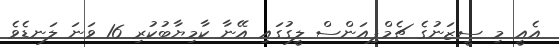
އެއީ މި ސީޒަނުގެ ޗެމްޕިއަންސް ލީގުގައި އޭނާ ކާމިޔާބުކުރި 16 ވަނަ ލަނޑެވެ